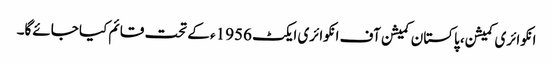
انکوائری کمیشن، پاکستان کمیشن آف انکوائری ایکٹ 1956ء کے تحت قائم کیا جائےگا۔